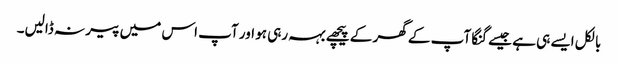
بالکل ایسے ہی ہے جیسے گنگا آپ کے گھر کے پیچھے بہہ رہی ہو اور آپ اس میں پیر نہ ڈالیں۔